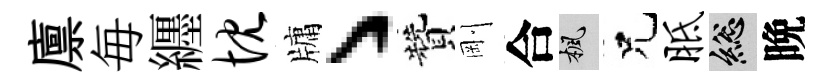
廪毎纒忱牗丶贊剛合楓兄胝總晩